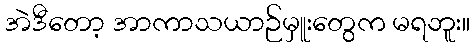
အဲဒီတော့ အာကာသယာဉ်မှူးတွေက မရဘူး။